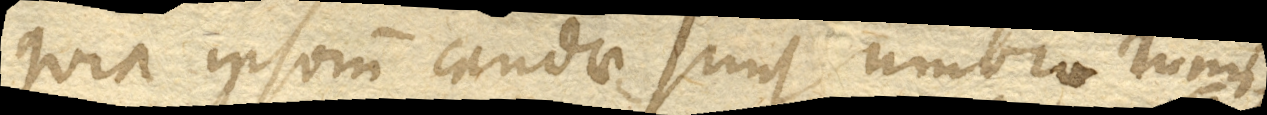
quia ipsorum caudae sunt umbrae lumi–